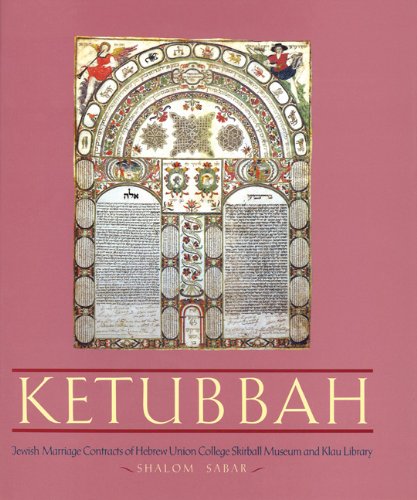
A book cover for Ketubbah: Jewish Marriage Contracts of Hebrew Union College, Skirball Museum, and Klau Library (Philip and Muriel Berman Edition); Shalom Sabar; Arts & Photography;